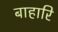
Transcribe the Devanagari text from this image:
बाहारि